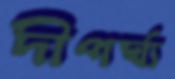
দীপর্ঘ্য